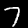
Digit: 7